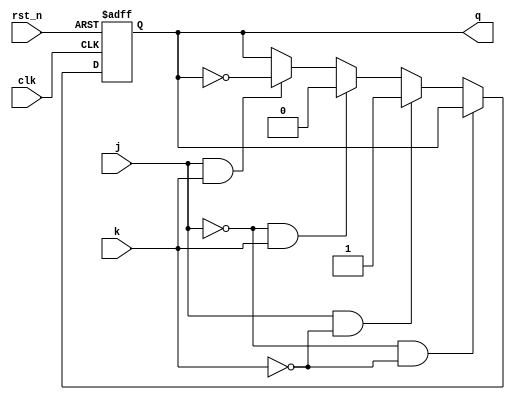
module jk_ff(j,k,clk,rst_n,q);
    input j;
    input k;
    input clk;
    input rst_n;
    output reg q;

    always @ (posedge clk or negedge rst_n)
        if (!rst_n)
            q <= 1'b0;
        else if (j == 1'b0 && k == 1'b0) 
            q <= q; 
        else if (j == 1'b1 && k == 1'b0)
            q <= 1'b1;
        else if (j == 1'b0 && k == 1'b1)
            q<= 1'b0;
        else if (j == 1'b1 && k == 1'b1)
            q <= (~q);
        else
            q <= q;
endmodule